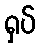
ရှပ်